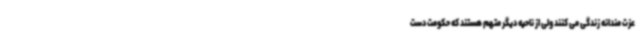
عزت مندانه زندگی می کنند ولی از ناحیه دیگر متهم هستند که حکومت دست